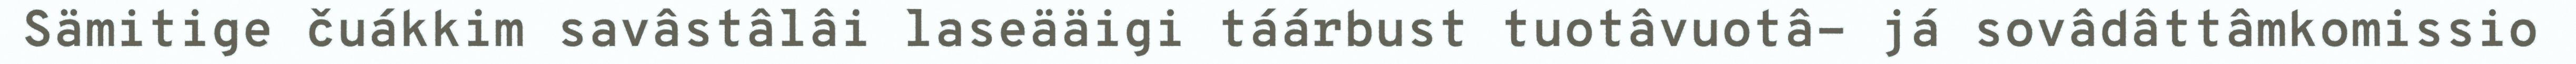
Sämitige čuákkim savâstâlâi laseääigi táárbust tuotâvuotâ- já sovâdâttâmkomissio